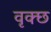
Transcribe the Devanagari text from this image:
वृक्छ